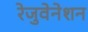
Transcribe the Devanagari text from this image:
रेजुवेनेशन